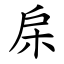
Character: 㦿